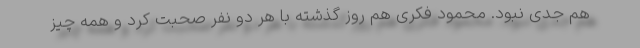
هم جدی نبود. محمود فکری هم روز گذشته با هر دو نفر صحبت کرد و همه چیز